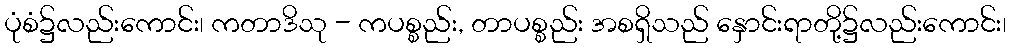
ပုံစံ၌လည်းကောင်း၊ ကတာဒိသု - ကပစ္စည်း, တာပစ္စည်း အစရှိသည် နှောင်းရာတို့၌လည်းကောင်း၊